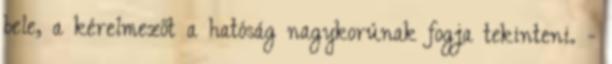
bele, a kérelmezőt a hatóság nagykorúnak fogja tekinteni. -